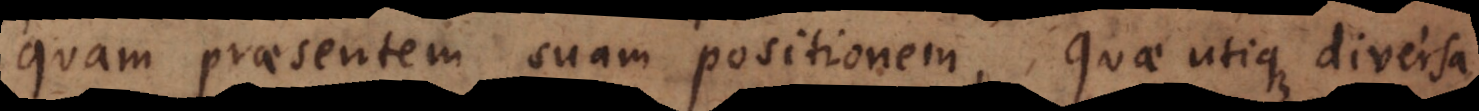
quam praesentem suam positionem, quae utique diversa